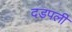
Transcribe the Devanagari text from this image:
दडपली